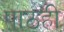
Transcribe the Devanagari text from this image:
पाठही